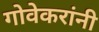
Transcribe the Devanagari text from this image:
गोवेकरांनी